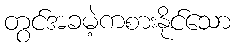
တွင်အခမဲ့ကစားနိုင်သော